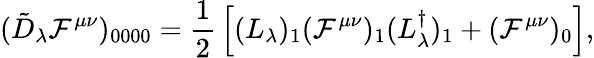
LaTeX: (\tilde{D}_{\lambda}{\cal F}^{\mu\nu})_{0000}={\frac{1}{2}}\left[(L_{\lambda})_{1}({\cal F}^{\mu\nu})_{1}(L_{\lambda}^{\dagger})_{1}+({\cal F}^{\mu\nu})_{0}\right],